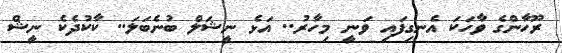
ރޫހާންގެ ވާހަކަ އެނގިފައި ވަނީ މިހާރު.. އަޅެ ނީޝަލް ބުނެބަލަ.. ކާކުދެކެ ނީޝް